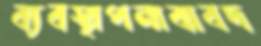
ব্যবস্থাপনাবাবদ